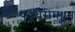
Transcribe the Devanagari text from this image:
पुडुचेरीमधून